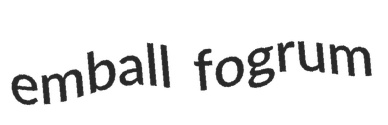
emball fogrum